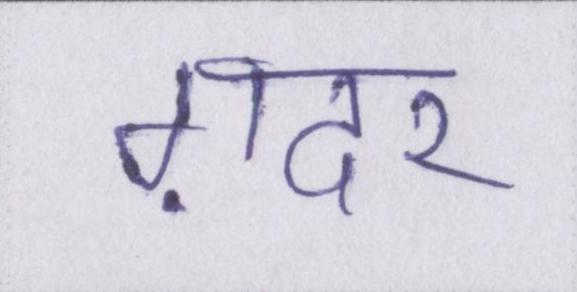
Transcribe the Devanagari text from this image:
ग़दर